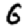
Digit: 6